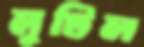
লুটিল